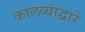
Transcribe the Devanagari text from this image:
कालव्यांद्वारे